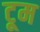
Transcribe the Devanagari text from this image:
टूम